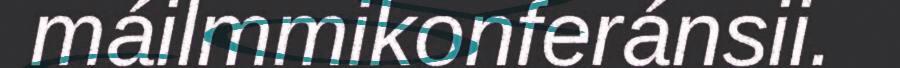
máilmmikonferánsii.